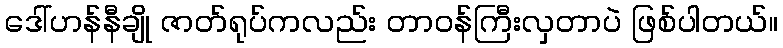
ဒေါ်ဟန်နီချို ဇာတ်ရုပ်ကလည်း တာဝန်ကြီးလှတာပဲ ဖြစ်ပါတယ်။